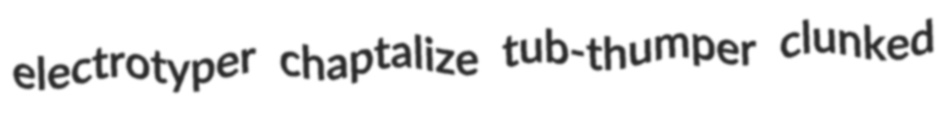
electrotyper chaptalize tub-thumper clunked